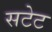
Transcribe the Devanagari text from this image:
सटेट